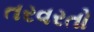
તરવરતો